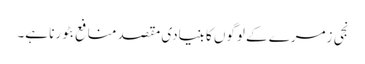
نجی زمرے کے لوگوں کا بنیادی مقصد منافع بٹورنا ہے۔